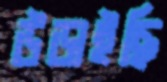
উড়াইছি